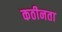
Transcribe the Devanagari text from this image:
कठीनता